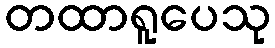
တထာရူပေသု